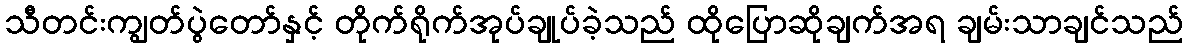
သီတင်းကျွတ်ပွဲတော်နှင့် တိုက်ရိုက်အုပ်ချုပ်ခဲ့သည် ထိုပြောဆိုချက်အရ ချမ်းသာချင်သည်